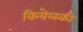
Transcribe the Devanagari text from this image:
कियेव्स्की